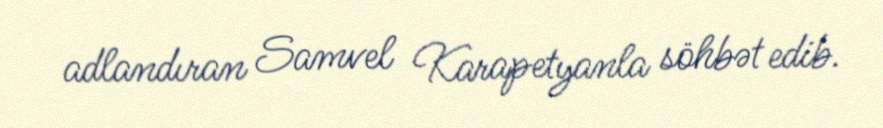
adlandıran Samvel Karapetyanla söhbət edib.